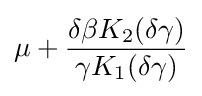
\mu +{\frac {\delta \beta K_{2}(\delta \gamma )}{\gamma K_{1}(\delta \gamma )}}